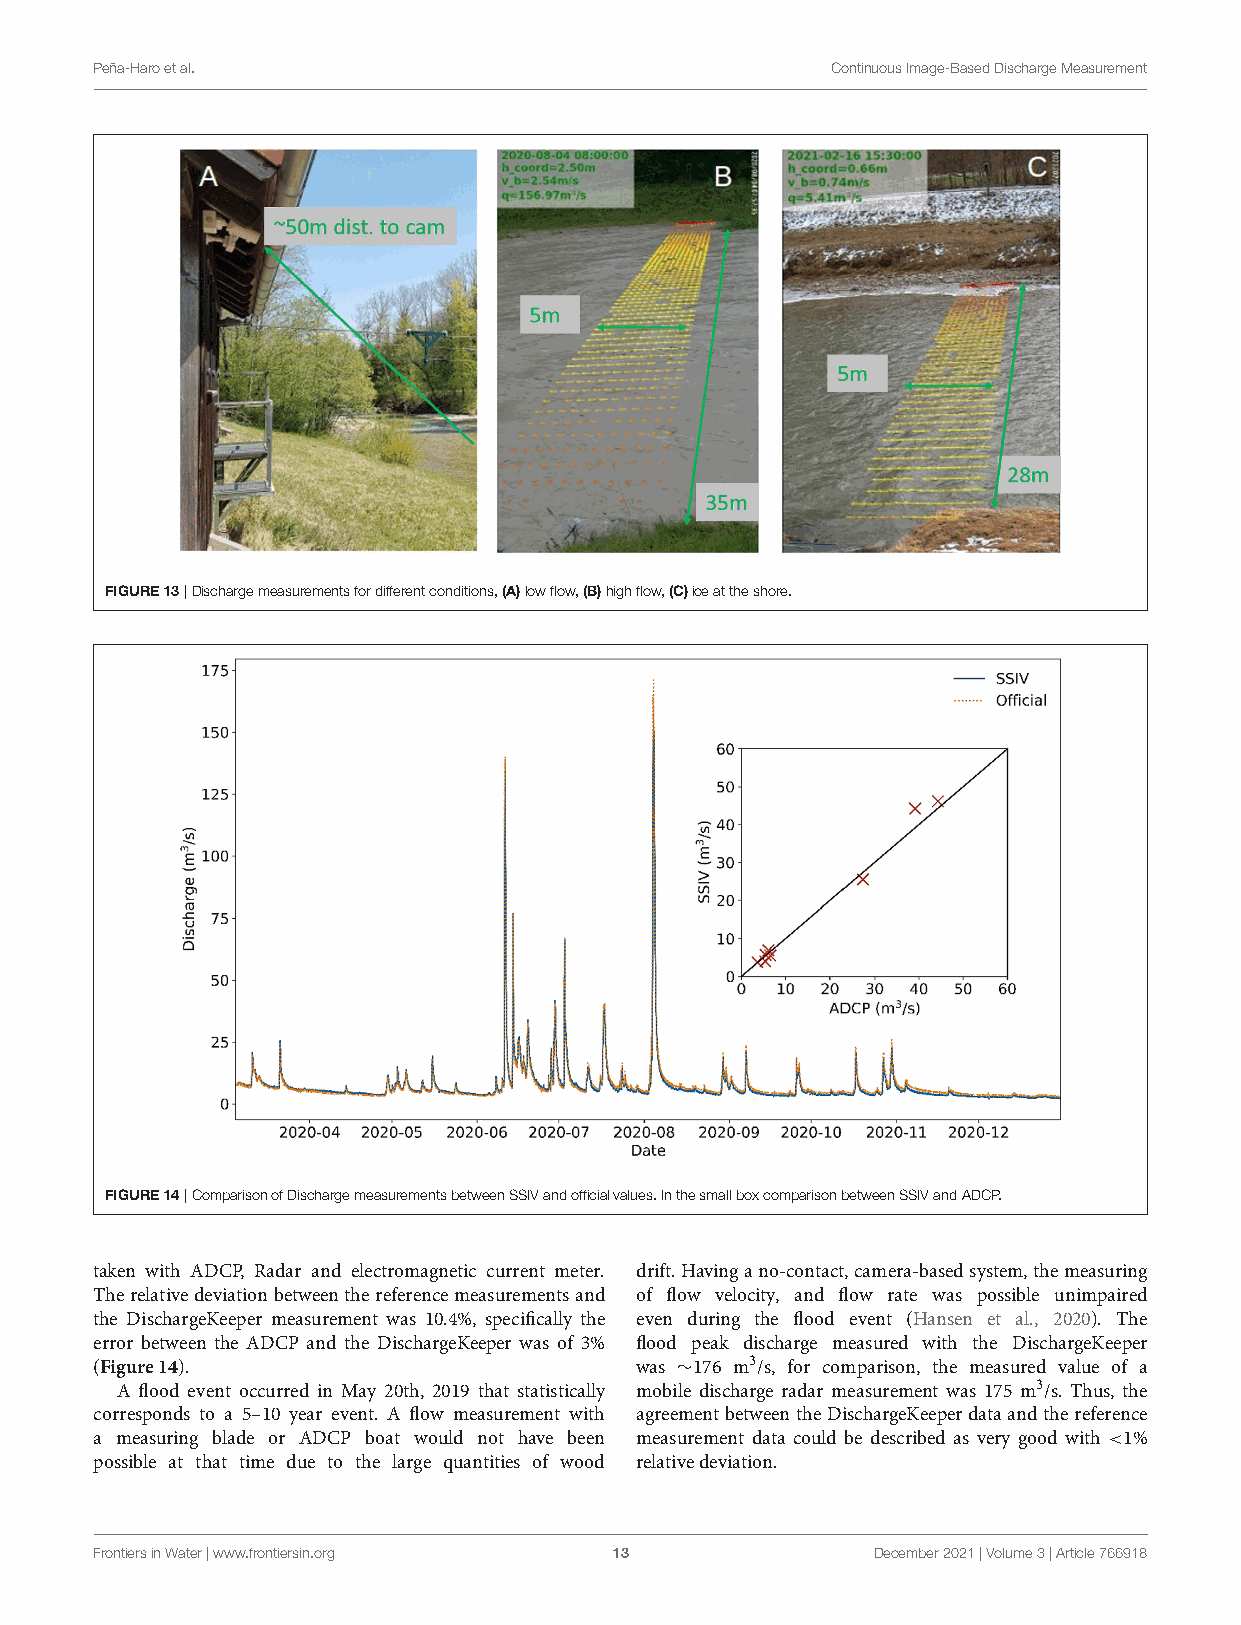
Peña-Haroetal.                                   ContinuousImage-BasedDischargeMeasurement
 FIGURE13|Dischargemeasurementsfordifferentconditions,(A)lowflow,(B)highflow,(C)iceattheshore.
 FIGURE14|ComparisonofDischargemeasurementsbetweenSSIVandofficialvalues.InthesmallboxcomparisonbetweenSSIVandADCP.
 taken with ADCP, Radar and electromagnetic current meter. drift.Havingano-contact,camera-basedsystem,themeasuring
 Therelativedeviationbetweenthereferencemeasurementsand of flow velocity, and flow rate was possible unimpaired
 the DischargeKeeper measurement was 10.4%, specifically the even during the flood event (Hansen et al., 2020). The
 error between the ADCP and the DischargeKeeper was of 3% flood peak discharge measured with the DischargeKeeper
 (Figure14).                         was ∼176 m3/s, for comparison, the measured value of a
 A flood event occurred in May 20th, 2019 that statistically mobile discharge radar measurement was 175 m3/s. Thus, the
 corresponds to a 5–10 year event. A flow measurement with agreementbetweentheDischargeKeeperdataandthereference
 a measuring blade or ADCP boat would not have been measurement data could be described as very good with <1%
 possible at that time due to the large quantities of wood relativedeviation.
 FrontiersinWater|www.frontiersin.org 13             December2021|Volume3|Article766918